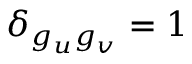
\delta _ { g _ { u } g _ { v } } = 1